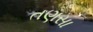
તણસા